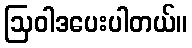
ဩဝါဒပေးပါတယ်။